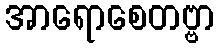
အာရောစေတဗ္ဗာ